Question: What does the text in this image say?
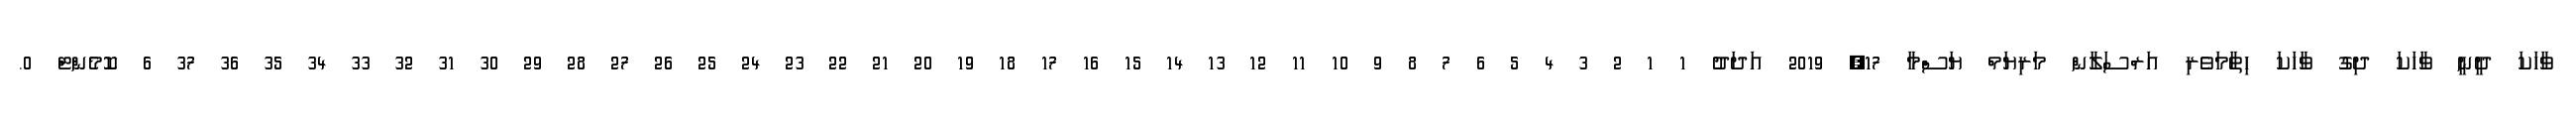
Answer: ވާހަކަ ދީނީ ވާހަކަ ދިގު ވާހަކަ ހިތާމަވެރި އަރްސަލާން މަރިޔަމް ޔަސްމާ 17, 2019 އަދަދު 1 1 2 3 4 5 6 7 8 9 10 11 12 13 14 15 16 17 18 19 20 21 22 23 24 25 26 27 28 29 30 31 32 33 34 35 36 37 6 ކޮމެންޓް 0.